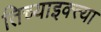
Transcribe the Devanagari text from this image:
तिच्याइक्त्या